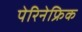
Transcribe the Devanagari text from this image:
पेरिनेफ्रिक